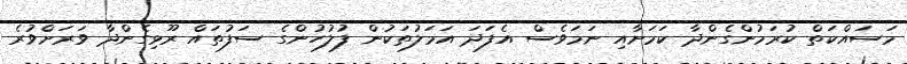
މަސައްކަތް ކުރަމުންގެންދާ ކަމަށާއި ނަމަވެސް އެފަދަ އަމަލުތަކުން ފުލުހުންގެ ސަފުތައް ރޫޅިގެންދާ ވަރަށްވުރެ